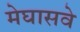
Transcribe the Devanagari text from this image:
मेघासवे